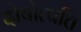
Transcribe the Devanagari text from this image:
दोषोत्पत्ति